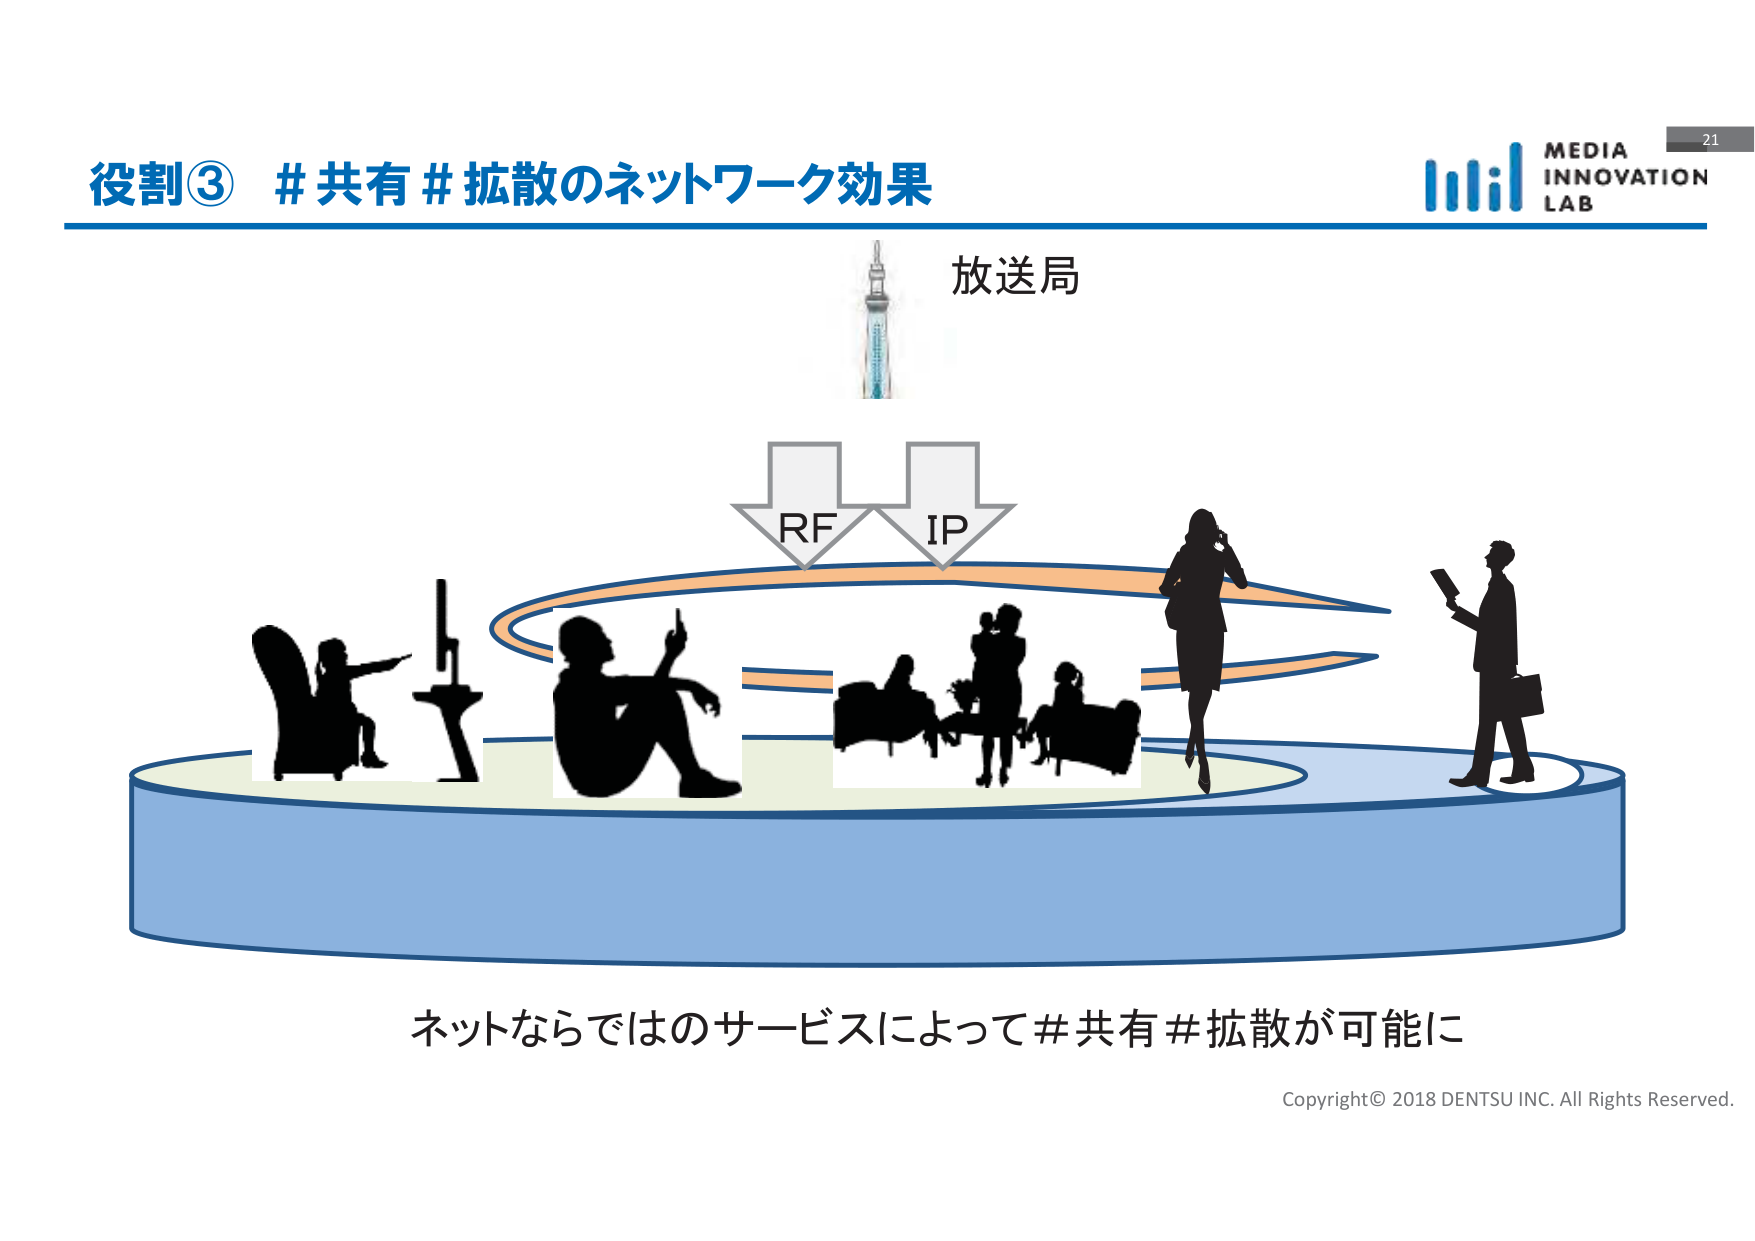
役割③ #共有#拡散のネットワーク効果
放送局
RF
IP
ネットならではのサービスによって#共有#拡散が可能に
MEDIA
INNOVATION
LAB
21
Copyright© 2018 DENTSU INC. All Rights Reserved.